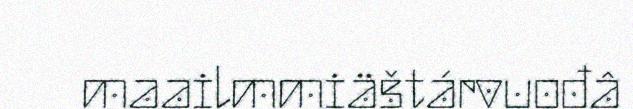
maailmmiäštárvuođâ